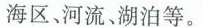
海区、河流、湖泊等。